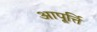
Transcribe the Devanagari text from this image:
आपूर्त्ति